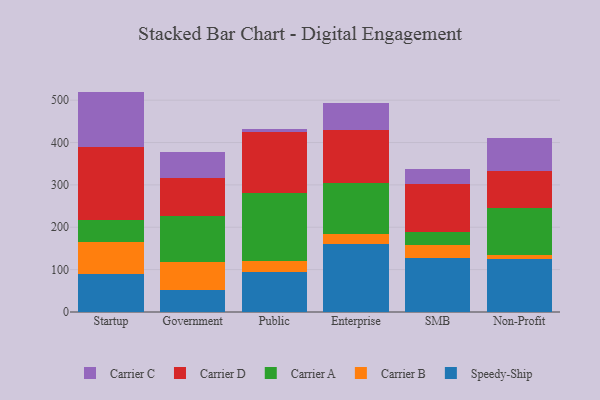
{"axis": {"x": "Segment", "y": "Operating Costs (USD K)"}, "legend": ["Carrier A", "Carrier B", "Carrier C", "Carrier D", "Speedy-Ship"], "data": [{"x": "Startup", "y": 89.4, "type": "Speedy-Ship"}, {"x": "Startup", "y": 74.8, "type": "Carrier B"}, {"x": "Startup", "y": 54.1, "type": "Carrier A"}, {"x": "Startup", "y": 171.2, "type": "Carrier D"}, {"x": "Startup", "y": 130.7, "type": "Carrier C"}, {"x": "Government", "y": 51.5, "type": "Speedy-Ship"}, {"x": "Government", "y": 67.7, "type": "Carrier B"}, {"x": "Government", "y": 106.5, "type": "Carrier A"}, {"x": "Government", "y": 91.3, "type": "Carrier D"}, {"x": "Government", "y": 60.7, "type": "Carrier C"}, {"x": "Public", "y": 94.7, "type": "Speedy-Ship"}, {"x": "Public", "y": 25.8, "type": "Carrier B"}, {"x": "Public", "y": 161.1, "type": "Carrier A"}, {"x": "Public", "y": 144.3, "type": "Carrier D"}, {"x": "Public", "y": 5.9, "type": "Carrier C"}, {"x": "Enterprise", "y": 159.9, "type": "Speedy-Ship"}, {"x": "Enterprise", "y": 23.3, "type": "Carrier B"}, {"x": "Enterprise", "y": 121.5, "type": "Carrier A"}, {"x": "Enterprise", "y": 124.3, "type": "Carrier D"}, {"x": "Enterprise", "y": 64.7, "type": "Carrier C"}, {"x": "SMB", "y": 126.4, "type": "Speedy-Ship"}, {"x": "SMB", "y": 31.5, "type": "Carrier B"}, {"x": "SMB", "y": 31.6, "type": "Carrier A"}, {"x": "SMB", "y": 112.6, "type": "Carrier D"}, {"x": "SMB", "y": 35.9, "type": "Carrier C"}, {"x": "Non-Profit", "y": 125.3, "type": "Speedy-Ship"}, {"x": "Non-Profit", "y": 8.2, "type": "Carrier B"}, {"x": "Non-Profit", "y": 112.9, "type": "Carrier A"}, {"x": "Non-Profit", "y": 85.6, "type": "Carrier D"}, {"x": "Non-Profit", "y": 78.6, "type": "Carrier C"}]}